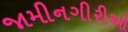
જામીનગીરીઓ